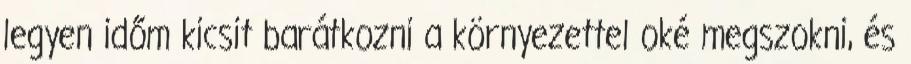
legyen időm kicsit barátkozni a környezettel oké megszokni, és